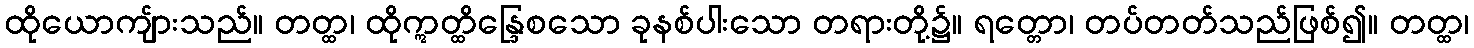
ထိုယောကျ်ားသည်။ တတ္ထ၊ ထိုဣတ္ထိန္ဒြေစသော ခုနစ်ပါးသော တရားတို့၌။ ရတ္တော၊ တပ်တတ်သည်ဖြစ်၍။ တတ္ထ၊